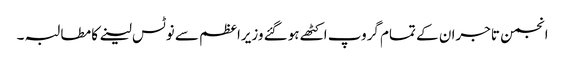
انجمن تاجران کے تمام گروپ اکٹھے ہوگئے وزیراعظم سے نوٹس لینے کا مطالبہ ۔